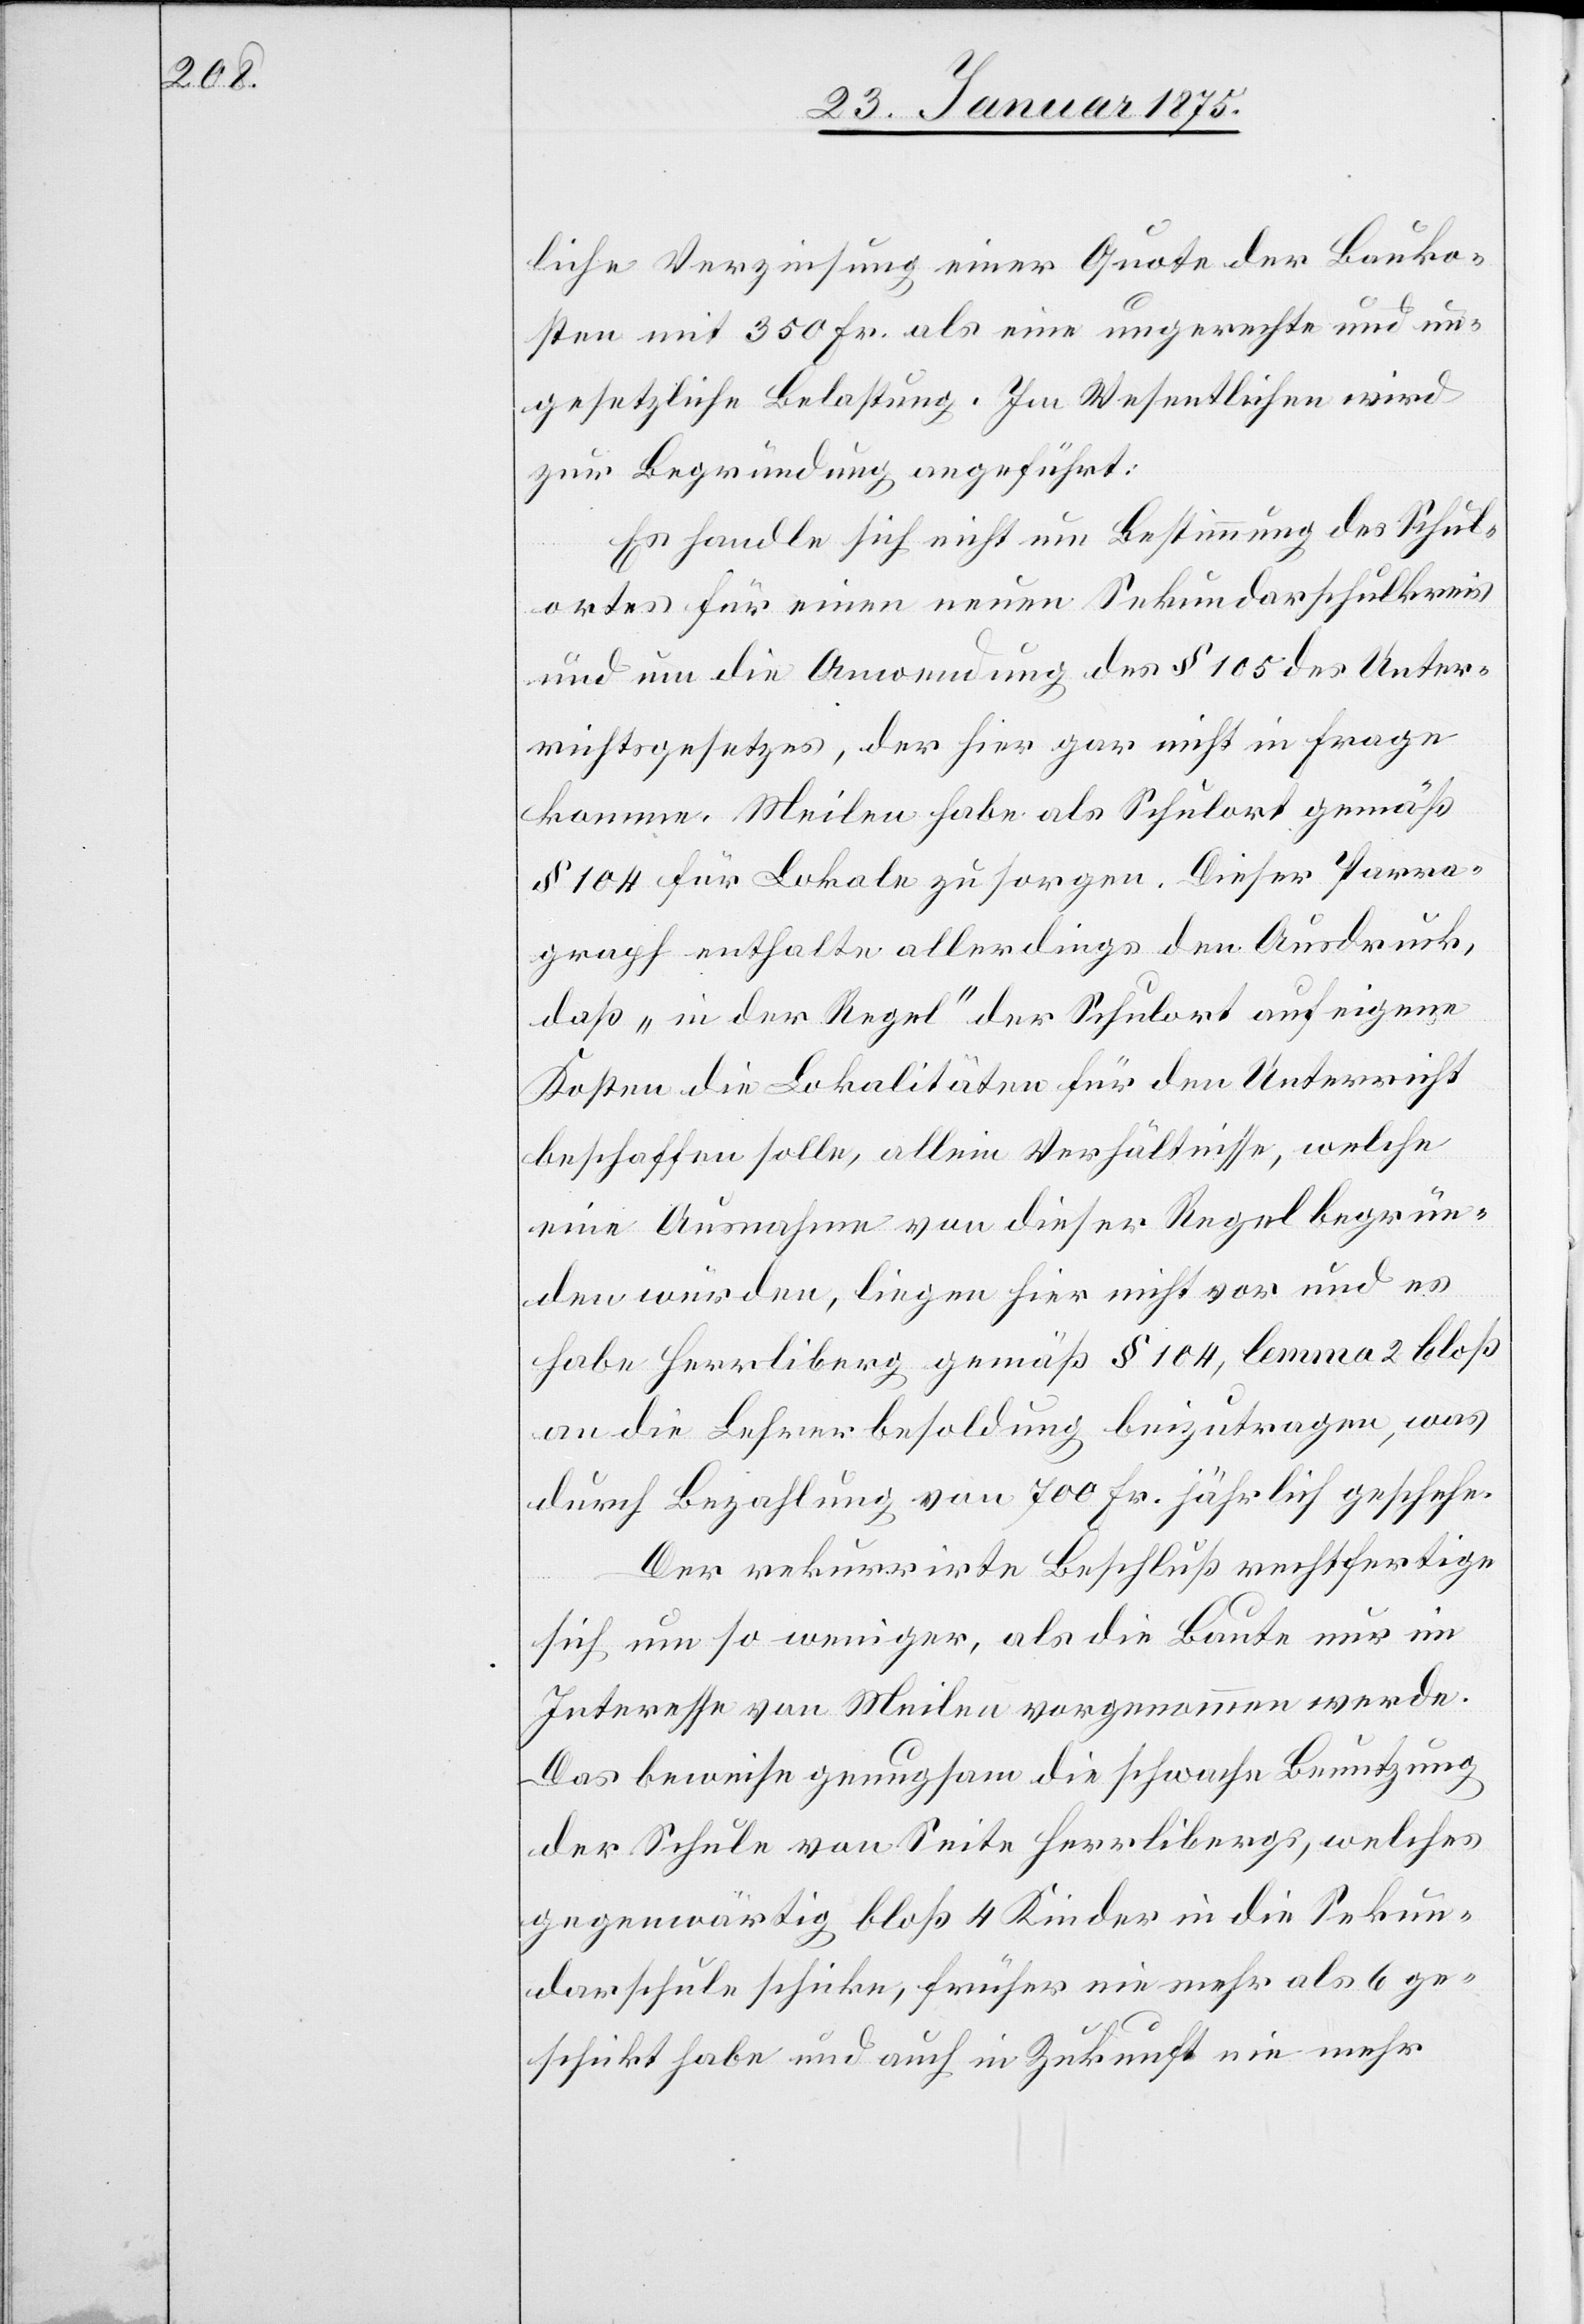
liche Verzinsung einer Quote der Bauko¬
sten mit 350 Fr. als eine ungerechte und un¬
gesetzliche Belastung. Im Wesentlichen wird
zur Begründung angeführt:
Es handle sich nicht um Bestimmung des Schul¬
ortes für einen neuen Sekundarschulkreis
und um die Anordnung des § 105 des Unter¬
richtsgesetzes, der hier gar nicht in Frage
komme. Meilen habe als Schulort gemäß
§ 104 für Lokale zu sorgen. Dieser Parra¬
graph enthalte allerdings den Ausdruck,
daß „in der Regel“ der Schulort auf eigene
Kosten die Lokalitäten für den Unterricht
beschaffen solle, allein Verhältnisse, welche
eine Ausnahme von dieser Regel begrün¬
den würden, liegen hier nicht vor und es
habe Herrliberg gemäß § 104, lemma 2 bloß
an die Lehrerbesoldung beizutragen, was
durch Bezahlung von 700 Fr. jährlich geschehe.
Der rekurrirte Beschluß rechtfertige
sich um so weniger, als die Baute nur im
Interesse von Meilen vorgenommen werde.
Das beweise genugsam die schwache Benutzung
der Schule von Seite Herrlibergs, welches
gegenwärtig bloß 4 Kinder in die Sekun¬
darschule schicke, früher nie mehr als 6 ge¬
schickt habe und auch in Zukunft nicht mehr